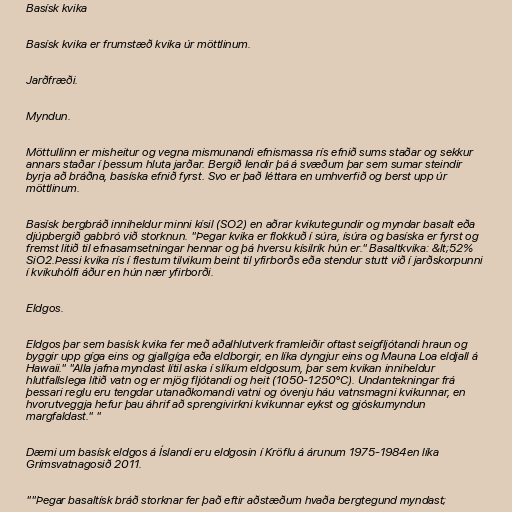
Basísk kvika

Basísk kvika er frumstæð kvika úr möttlinum.

Jarðfræði.

Myndun.

Möttullinn er misheitur og vegna mismunandi efnismassa rís efnið sums staðar og sekkur
annars staðar í þessum hluta jarðar. Bergið lendir þá á svæðum þar sem sumar steindir
byrja að bráðna, basíska efnið fyrst. Svo er það léttara en umhverfið og berst upp úr
möttlinum.

Basísk bergbráð inniheldur minni kísil (SO2) en aðrar kvikutegundir og myndar basalt eða
djúpbergið gabbró við storknun. "Þegar kvika er flokkuð í súra, ísúra og basíska er fyrst og
fremst litið til efnasamsetningar hennar og þá hversu kísilrík hún er." Basaltkvika: &lt;52%
SiO2.Þessi kvika rís í flestum tilvikum beint til yfirborðs eða stendur stutt við í jarðskorpunni
í kvikuhólfi áður en hún nær yfirborði.

Eldgos.

Eldgos þar sem basísk kvika fer með aðalhlutverk framleiðir oftast seigfljótandi hraun og
byggir upp gíga eins og gjallgíga eða eldborgir, en líka dyngjur eins og Mauna Loa eldjall á
Hawaii." "Alla jafna myndast lítil aska í slíkum eldgosum, þar sem kvikan inniheldur
hlutfallslega lítið vatn og er mjög fljótandi og heit (1050-1250°C). Undantekningar frá
þessari reglu eru tengdar utanaðkomandi vatni og óvenju háu vatnsmagni kvikunnar, en
hvorutveggja hefur þau áhrif að sprengivirkni kvikunnar eykst og gjóskumyndun
margfaldast." "

Dæmi um basísk eldgos á Íslandi eru eldgosin í Kröflu á árunum 1975-1984en líka
Grímsvatnagosið 2011.

""Þegar basaltísk bráð storknar fer það eftir aðstæðum hvaða bergtegund myndast;